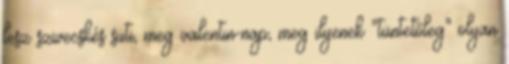
lesz szivecskés süti, meg valentin-nap, meg ilyenek "tüntetőleg" olyan